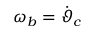
\omega _ { b } = \dot { \vartheta } _ { c }